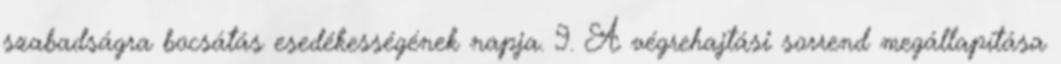
szabadságra bocsátás esedékességének napja. 9. A végrehajtási sorrend megállapítása